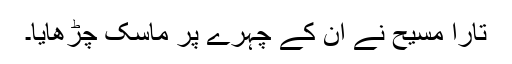
تارا مسیح نے ان کے چہرے پر ماسک چڑھایا۔